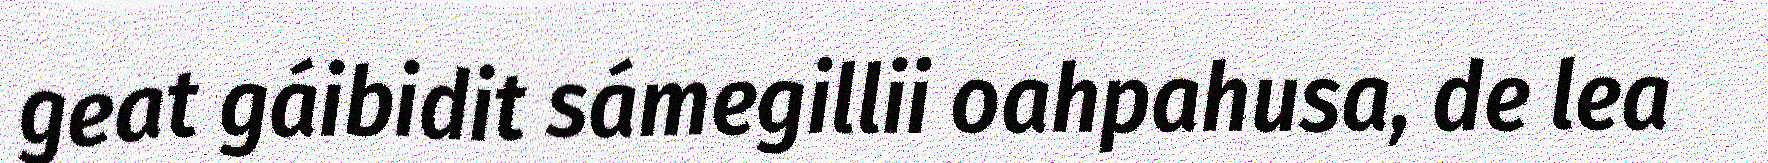
geat gáibidit sámegillii oahpahusa, de lea